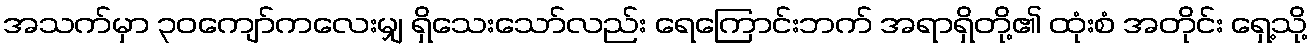
အသက်မှာ ၃၀ကျော်ကလေးမျှ ရှိသေးသော်လည်း ရေကြောင်းဘက် အရာရှိတို့၏ ထုံးစံ အတိုင်း ရှေ့သို့